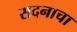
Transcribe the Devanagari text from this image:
सदनाचा